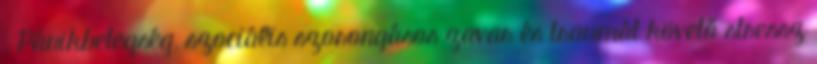
. Pánikbetegség, szociális szorongásos zavar és traumát követő stressz